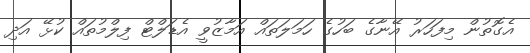
އެގޮތުން މިފަހަރު އޭނާގެ ބަހުގެ ހަމަލަތައް އަމާޒުވީ އެޑަލްޓް ފިލްމުތައް ކުޅޭ އަދި